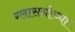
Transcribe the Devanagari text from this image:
ग्लासगोच्या